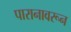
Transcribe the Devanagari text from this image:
पारानावरून